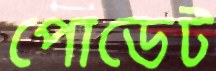
পোডেট